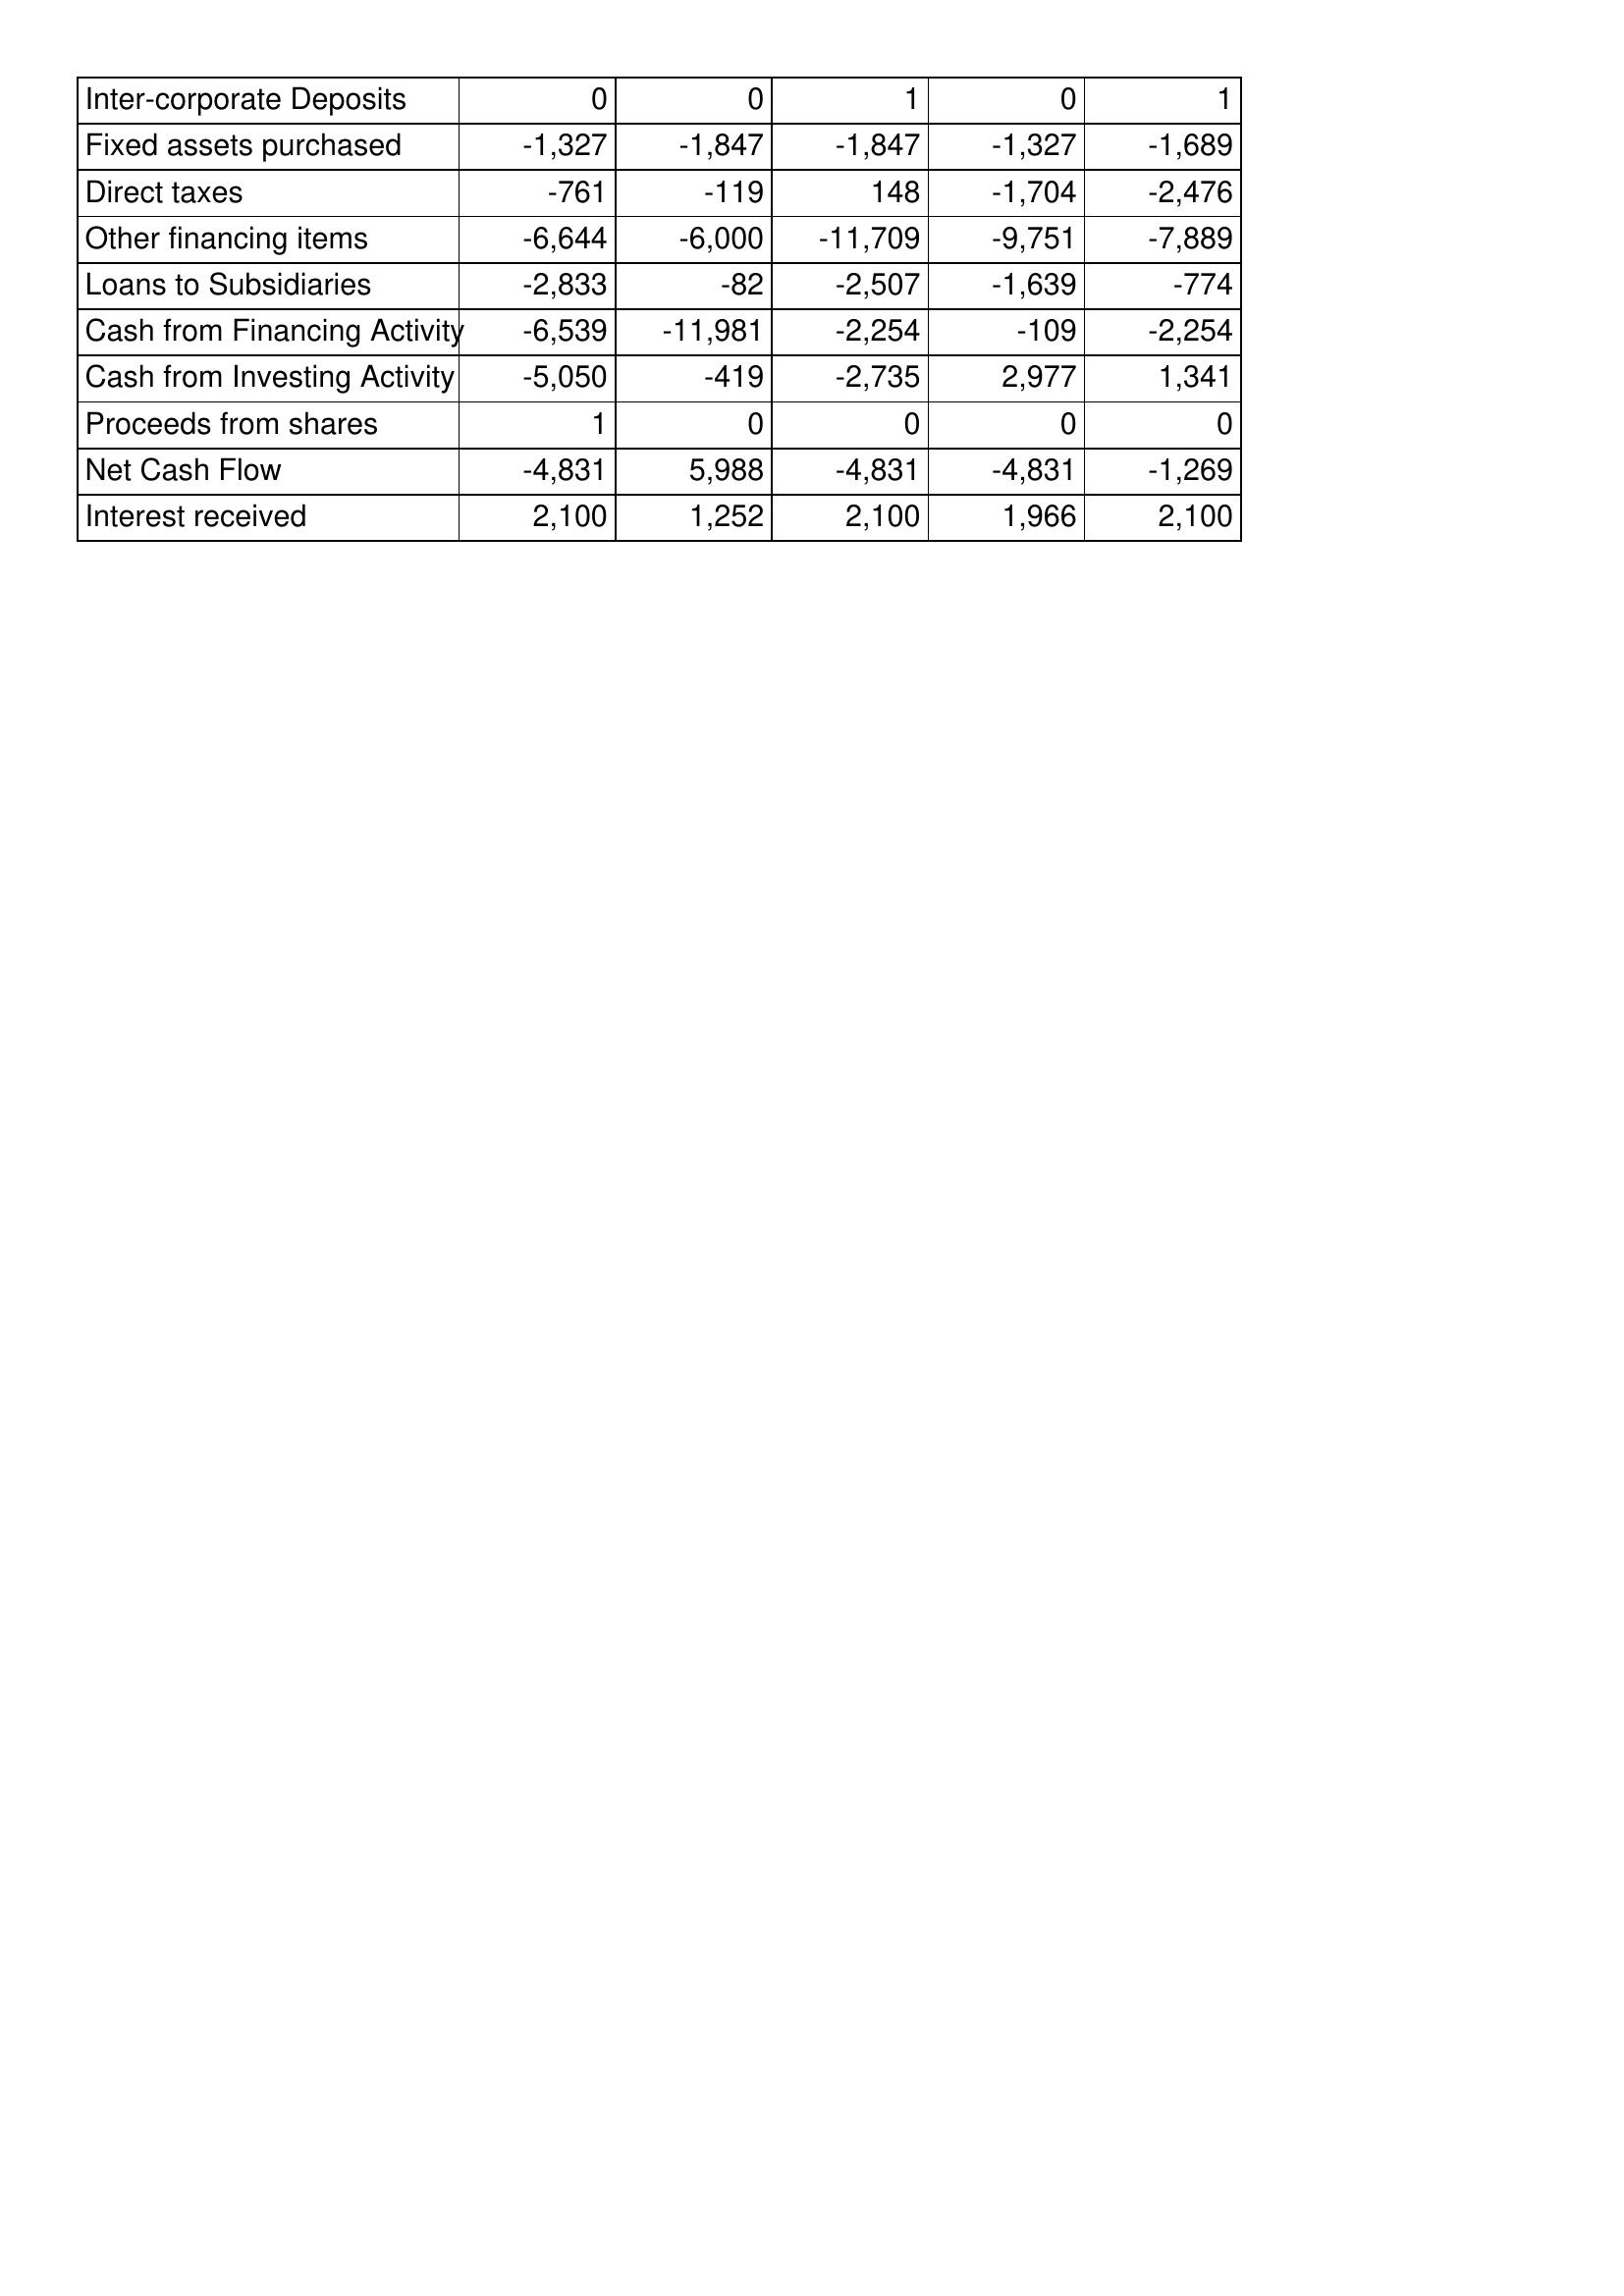
Apr-99: Cash Flows: Inter-corporate Deposits: 0
Fixed assets purchased: -1,327
Direct taxes: -761
Other financing items: -6,644
Loans to Subsidiaries: -2,833
Cash from Financing Activity: -6,539
Cash from Investing Activity: -5,050
Proceeds from shares: 1
Net Cash Flow: -4,831
Interest received: 2,100
Apr-98: Cash Flows: Inter-corporate Deposits: 0
Fixed assets purchased: -1,847
Direct taxes: -119
Other financing items: -6,000
Loans to Subsidiaries: -82
Cash from Financing Activity: -11,981
Cash from Investing Activity: -419
Proceeds from shares: 0
Net Cash Flow: 5,988
Interest received: 1,252
Apr-97: Cash Flows: Inter-corporate Deposits: 1
Fixed assets purchased: -1,847
Direct taxes: 148
Other financing items: -11,709
Loans to Subsidiaries: -2,507
Cash from Financing Activity: -2,254
Cash from Investing Activity: -2,735
Proceeds from shares: 0
Net Cash Flow: -4,831
Interest received: 2,100
Apr-96: Cash Flows: Inter-corporate Deposits: 0
Fixed assets purchased: -1,327
Direct taxes: -1,704
Other financing items: -9,751
Loans to Subsidiaries: -1,639
Cash from Financing Activity: -109
Cash from Investing Activity: 2,977
Proceeds from shares: 0
Net Cash Flow: -4,831
Interest received: 1,966
Apr-95: Cash Flows: Inter-corporate Deposits: 1
Fixed assets purchased: -1,689
Direct taxes: -2,476
Other financing items: -7,889
Loans to Subsidiaries: -774
Cash from Financing Activity: -2,254
Cash from Investing Activity: 1,341
Proceeds from shares: 0
Net Cash Flow: -1,269
Interest received: 2,100